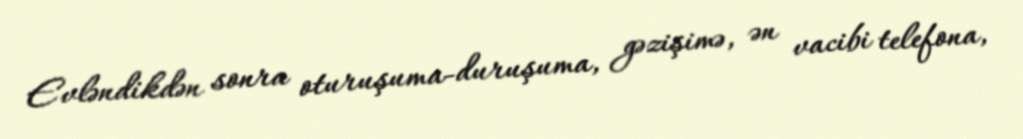
Evləndikdən sonra oturuşuma-duruşuma, gəzişimə, ən vacibi telefona,